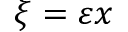
\xi = \varepsilon x